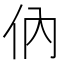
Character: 㐻